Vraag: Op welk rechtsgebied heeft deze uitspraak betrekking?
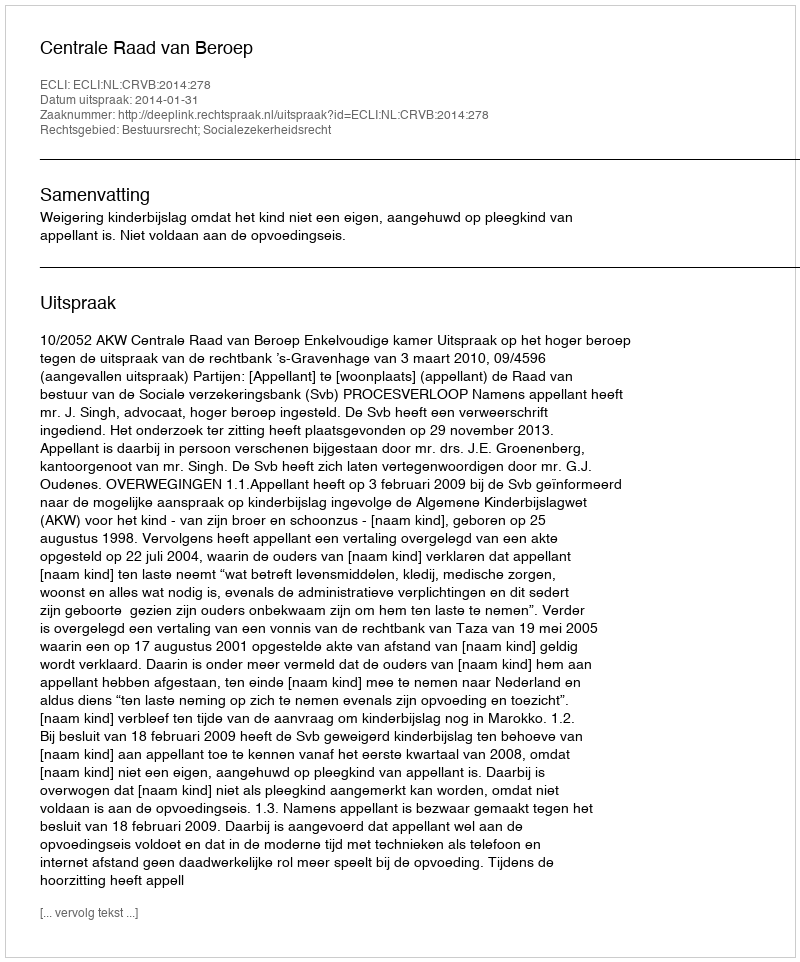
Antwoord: Bestuursrecht; Socialezekerheidsrecht